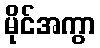
မိုင်အကွာ